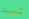
لست